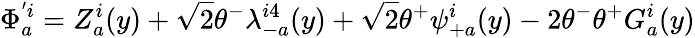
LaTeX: \Phi_{a}^{'i}=Z_{a}^{i}(y)+\sqrt 2\theta^{-}\lambda_{-a}^{i4}(y)+\sqrt 2\theta^{+}\psi_{+a}^{i}(y)-2\theta^{-}\theta^{+}G_{a}^{i}(y)